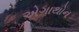
એગાથોન